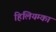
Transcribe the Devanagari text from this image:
हिलियम्का